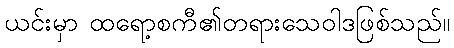
ယင်းမှာ ထရော့စကီ၏တရားသေဝါဒဖြစ်သည်။